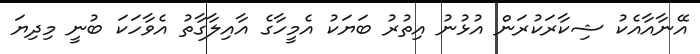
އޭނާއާއެކު ޝިކާރަކުރަން އުޅުނު އިތުރު ބަޔަކު އެމީހާގެ އާއިލާގާތު އެވާހަކަ ބުނީ މިދިޔަ